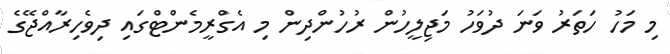
މި މަހު ހަތަރު ވަނަ ދުވަހު މަޖިލީހުން ރުހުންދިން މި އެގްރީމެންޓްގައި ދިވެހިރާއްޖޭގެ